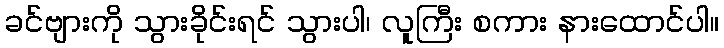
ခင်ဗျားကို သွားခိုင်းရင် သွားပါ၊ လူကြီး စကား နားထောင်ပါ။